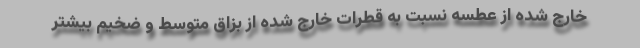
خارج شده از عطسه نسبت به قطرات خارج شده از بزاق متوسط و ضخیم بیشتر